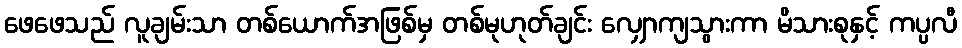
ဖေဖေသည် လူချမ်းသာ တစ်ယောက်အဖြစ်မှ တစ်မုဟုတ်ချင်း လျှောကျသွားကာ မိသားစုနှင့် ကပ္ပလီ